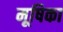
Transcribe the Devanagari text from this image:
मूषिका